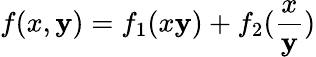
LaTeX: f(x,\mathbf{y})=f_{1}(x\mathbf{y})+f_{2}(\frac{{x}}{{\mathbf{y}}})